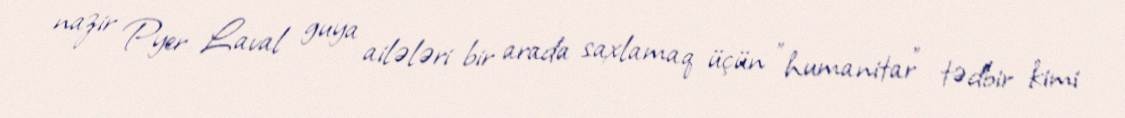
nazir Pyer Laval guya ailələri bir arada saxlamaq üçün "humanitar" tədbir kimi